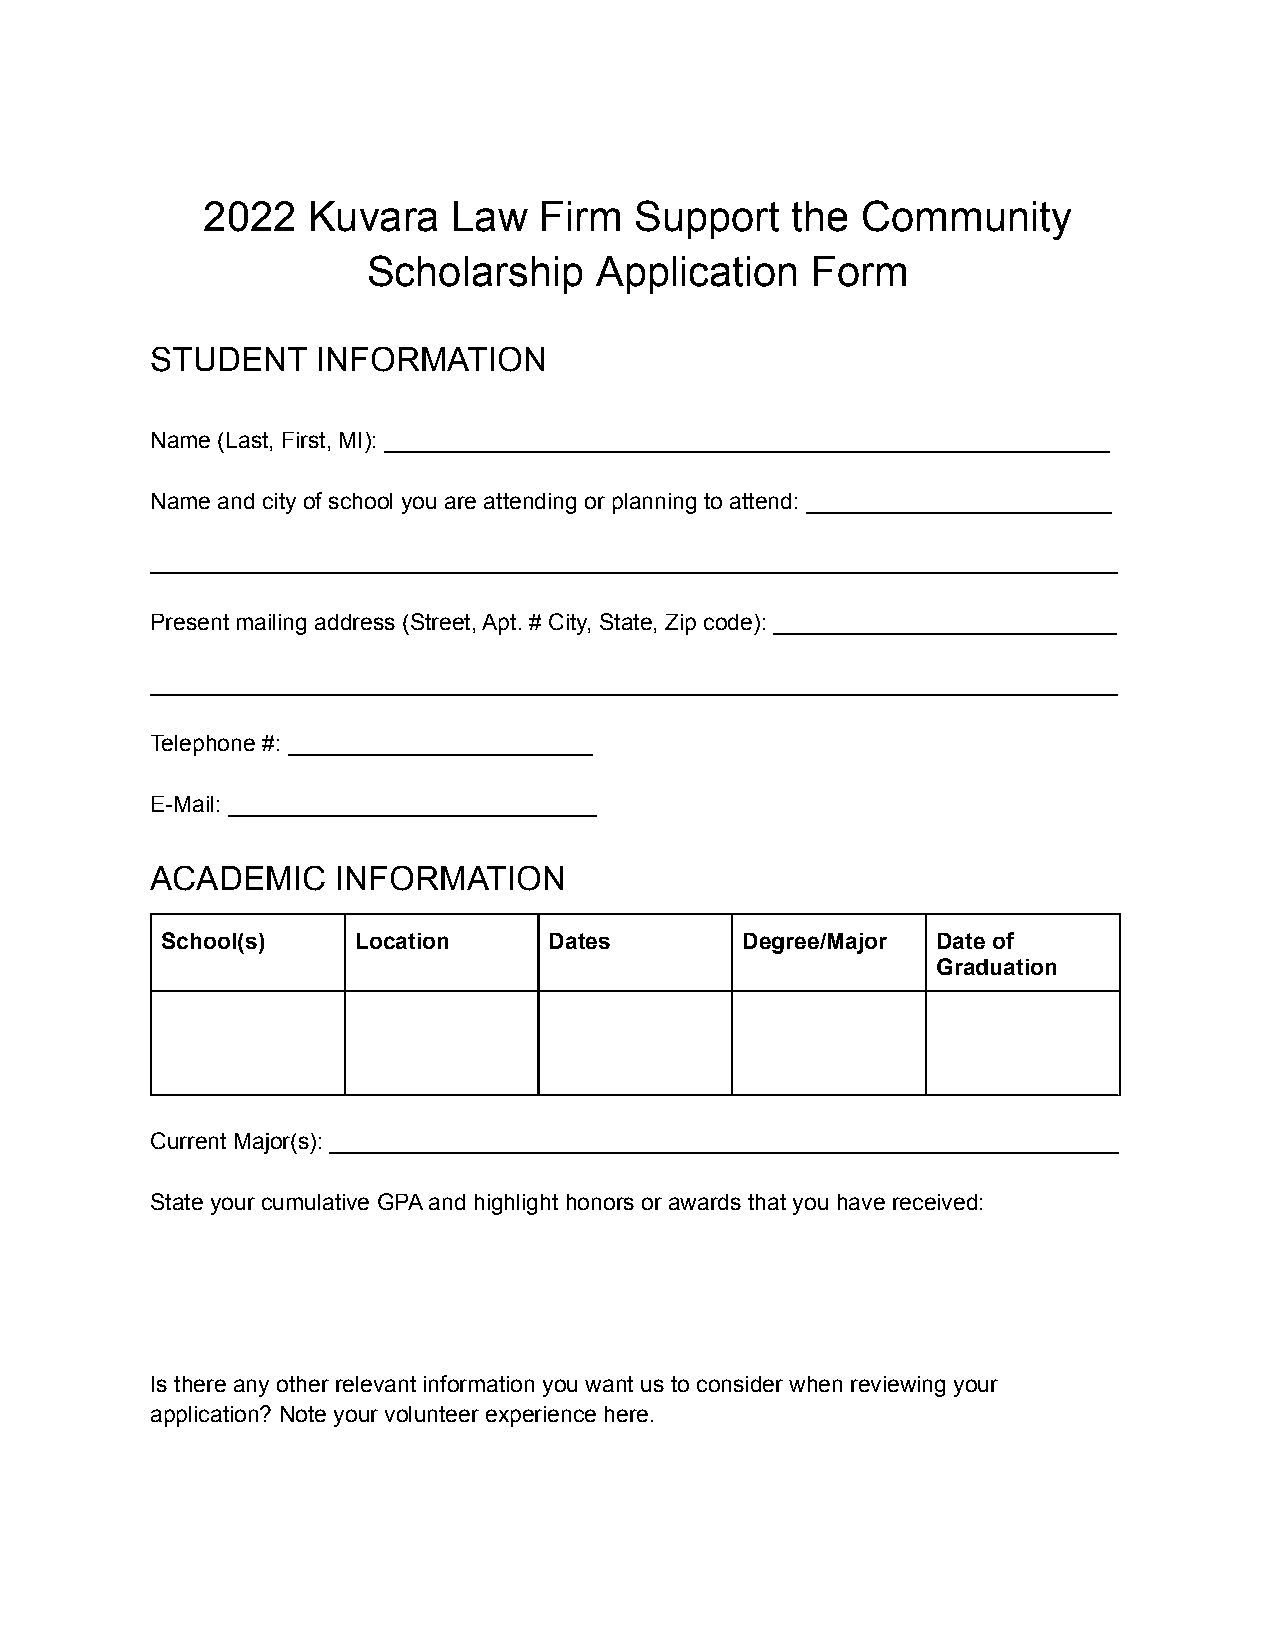
2022   Kuvara    Law   Firm  Support   the  Community
 Scholarship    Application    Form
 STUDENT    INFORMATION
 Name (Last, First, MI): _________________________________________________________
 Name and city of school you are attending or planning to attend: ________________________
 ____________________________________________________________________________
 Present mailing address (Street, Apt. # City, State, Zip code): ___________________________
 ____________________________________________________________________________
 Telephone #: ________________________
 E-Mail: _____________________________
 ACADEMIC    INFORMATION
 School(s)   Location     Dates        Degree/Major Date of
 Graduation
 Current Major(s): ______________________________________________________________
 State your cumulative GPA and highlight honors or awards that you have received:
 Is there any other relevant information you want us to consider when reviewing your
 application? Note your volunteer experience here.